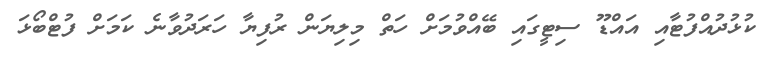
ކުޅުދުއްފުޓާއި އައްޑޫ ސިޓީގައި ބޭއްވުމަށް ހަތް މިލިޔަން ރުފިޔާ ހަރަދުވާނެ ކަމަށް ފުޓްބޯޅަ